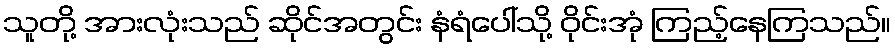
သူတို့ အားလုံးသည် ဆိုင်အတွင်း နံရံပေါ်သို့ ဝိုင်းအုံ ကြည့်နေကြသည်။